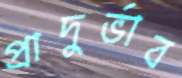
প্রাদুর্ভাব